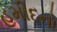
હમીદનો